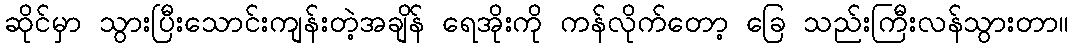
ဆိုင်မှာ သွားပြီးသောင်းကျန်းတဲ့အချိန် ရေအိုးကို ကန်လိုက်တော့ ခြေ သည်းကြီးလန်သွားတာ။